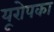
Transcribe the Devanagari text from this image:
यूरोपका